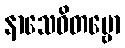
နာသေဝိတဗ္ဗော